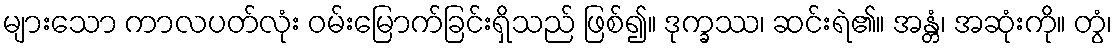
များသော ကာလပတ်လုံး ဝမ်းမြောက်ခြင်းရှိသည် ဖြစ်၍။ ဒုက္ခဿ၊ ဆင်းရဲ၏။ အန္တံ၊ အဆုံးကို။ တွံ၊